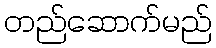
တည်ဆောက်မည်